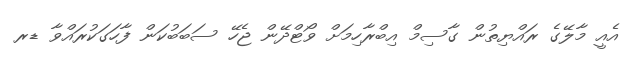
އެއީ މާލޭގެ ރައްޔިތުން ގާސިމް އިބްރާހިމަށް ވޯޓްދޭން ޖެހޭ ސަބަބުކަން ފާހަގަކުރައްވާ ޑރ